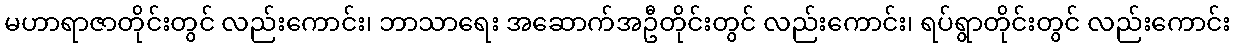
မဟာရာဇာတိုင်းတွင် လည်းကောင်း၊ ဘာသာရေး အဆောက်အဦတိုင်းတွင် လည်းကောင်း၊ ရပ်ရွာတိုင်းတွင် လည်းကောင်း